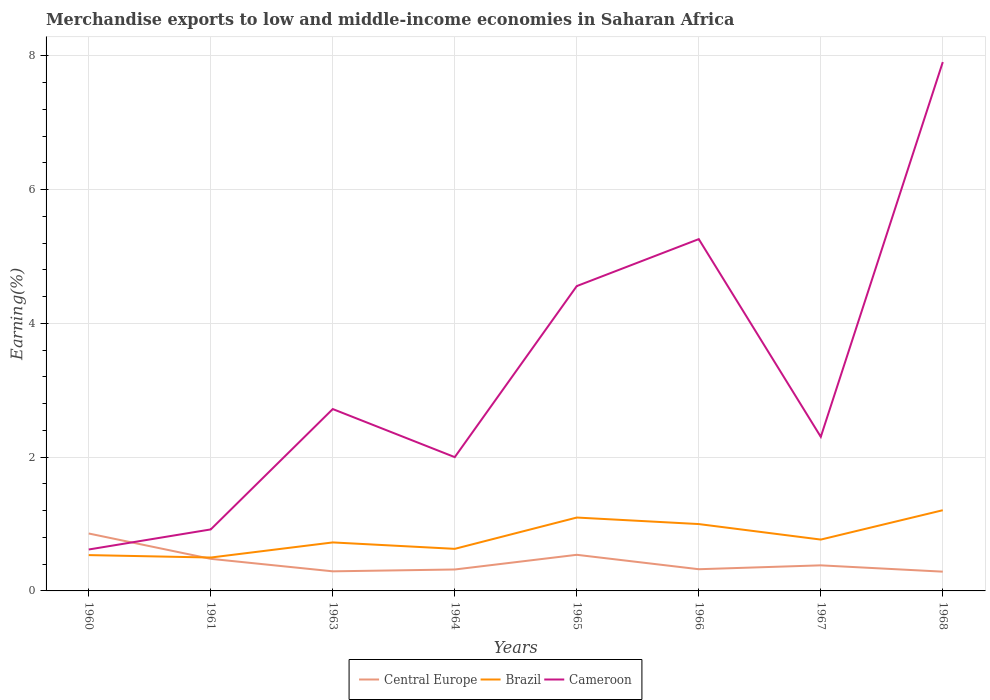
| Years | Central Europe | Brazil | Cameroon |
 | --- | --- | --- | --- |
 | 1960 | 0.858 | 0.535 | 0.619 |
 | 1961 | 0.48 | 0.499 | 0.919 |
 | 1963 | 0.293 | 0.725 | 2.72 |
 | 1964 | 0.32 | 0.629 | 2 |
 | 1965 | 0.54 | 1.1 | 4.56 |
 | 1966 | 0.324 | 0.999 | 5.26 |
 | 1967 | 0.382 | 0.768 | 2.3 |
 | 1968 | 0.288 | 1.21 | 7.91 |